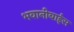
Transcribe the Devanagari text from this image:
भवानीबाईस